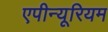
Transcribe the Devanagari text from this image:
एपीन्यूरियम